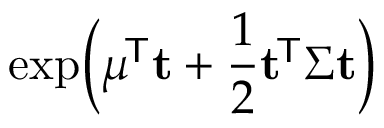
\exp \! { \Big ( } { \boldsymbol { \mu } } ^ { \! { \mathsf { T } } } \mathbf { t } + { \frac { 1 } { 2 } } \mathbf { t } ^ { \! { \mathsf { T } } } { \boldsymbol { \Sigma } } \mathbf { t } { \Big ) }